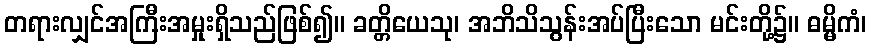
တရားလျှင်အကြီးအမှုးရှိသည်ဖြစ်၍။ ခတ္တိယေသု၊ အဘိသိသွန်းအပ်ပြီးသော မင်းတို့၌။ ဓမ္မိကံ၊